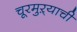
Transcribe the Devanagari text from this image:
चूरमुऱ्याची